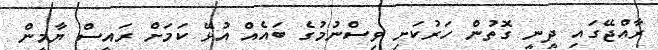
ރާއްޖޭގައި ދީނީ ގޮތުން ހަރުކަށި ވިސްނުމުގެ ބައެއް އުޅޭ ކަމަށް ރައީސް ޔާމީން